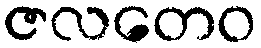
ဇလတေဝ